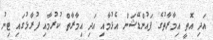
އަދި އޮތީ އިމާރާތުގެ ފައުންޑޭޝަން އެޅުމާއި އަދި އިމާރާތް ކުރުމާއި ފުރާޅުގައި ޓިނު